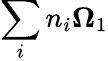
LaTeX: \sum_{i}n_{i}\le\Omega_{1}